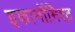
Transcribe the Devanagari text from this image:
इकानॉमिस्ट